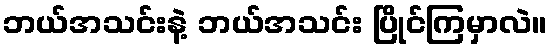
ဘယ်အသင်းနဲ့ ဘယ်အသင်း ပြိုင်ကြမှာလဲ။